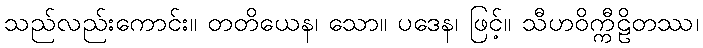
သည်လည်းကောင်း။ တတိယေန၊ သော။ ပဒေန၊ ဖြင့်။ သီဟဝိက္ကီဠိတဿ၊